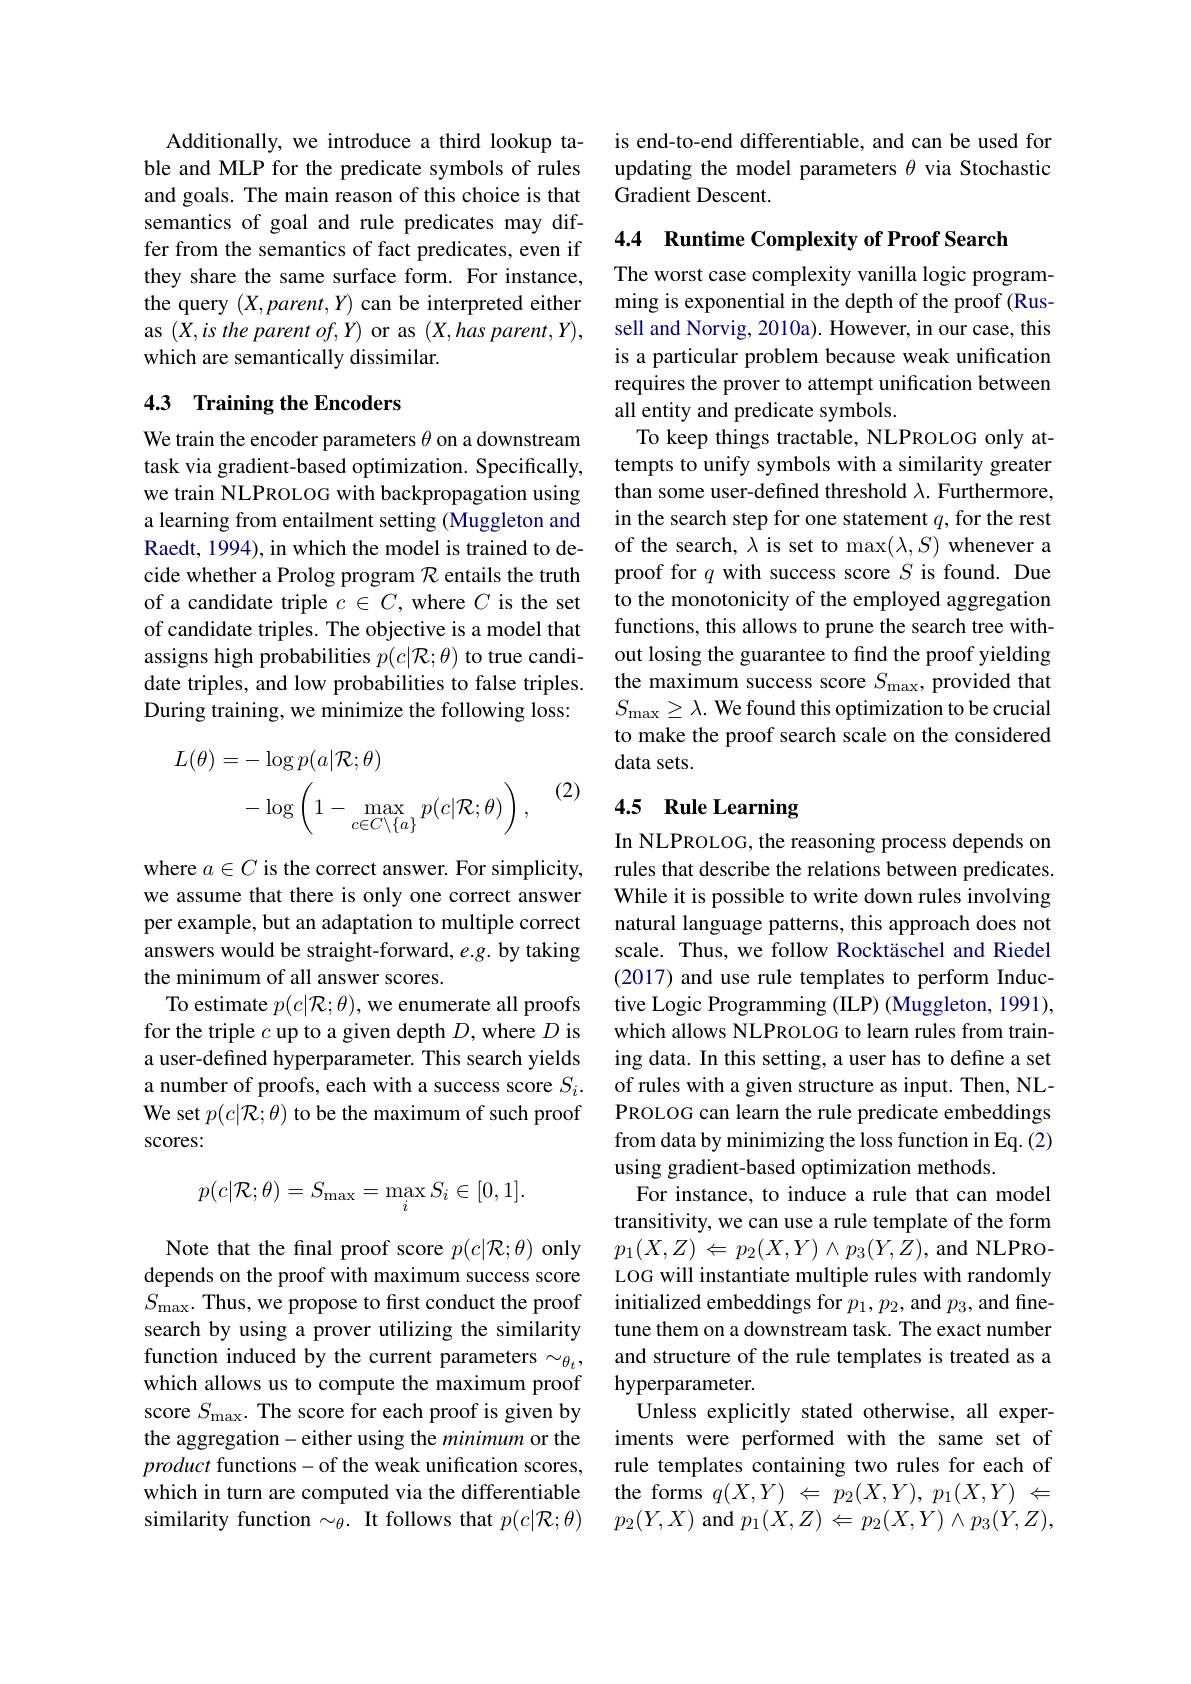
Additionally, we introduce a third lookup table and MLP for the predicate symbols of rules and goals. The main reason of this choice is that semantics of goal and rule predicates may differ from the semantics of fact predicates, even if they share the same surface form. For instance, the query $(X,parent,Y)$ can be interpreted either as $( X, is\textit{the parent of}, Y)$ or as $( X, has\textit{parent}, Y) $, which are semantically dissimilar.

## 4.3 Training the Encoders

We train the encoder parameters $\theta$ on a downstream task via gradient-based optimization. Specifically, we train NLPROLOG with backpropagation using a learning from entailment setting (Muggleton and Raedt, 1994), in which the model is trained to decide whether a Prolog program $\mathcal{R}$ entails the truth of a candidate triple $c\in C$, where $C$ is the set of candidate triples. The objective is a model that assigns high probabilities $p(c|\mathcal{R};\theta)$ to true candidate triples, and low probabilities to false triples. During training, we minimize the following loss:
$$\begin{aligned}L(\theta)&=-\log p(a|\mathcal{R};\theta)\\&-\log\left(1-\max_{c\in C\setminus\{a\}}p(c|\mathcal{R};\theta)\right),\end{aligned}$$
where $a\in C$ is the correct answer. For simplicity, we assume that there is only one correct answer per example, but an adaptation to multiple correct answers would be straight-forward, $e.g.$ by taking the minimum of all answer scores.
To estimate $p(c|\mathcal{R};\theta)$, we enumerate all proofs for the triple $c$ up to a given depth $D$, where $D$ is a user-defined hyperparameter. This search yields a number of proofs, each with a success score $S_i.$ We set $p(c|\mathcal{R};\theta)$ to be the maximum of such proof scores:
$$p(c|\mathcal{R};\theta)=S_{\mathrm{max}}=\max_{i}S_{i}\in[0,1].$$
Note that the final proof score $p(c|\mathcal{R};\theta)$ only depends on the proof with maximum success score $S_{\mathrm{max}}.$ Thus, we propose to first conduct the proof search by using a prover utilizing the similarity function induced by the current parameters $\sim_{\theta_t}$, which allows us to compute the maximum proof score $S_\mathrm{max}.$ The score for each proof is given by the aggregation- either using the minimum or the product functions-of the weak unification scores, which in turn are computed via the differentiable

is end-to-end differentiable, and can be used for updating the model parameters $\theta$ via Stochastic Gradient Descent.

4.4 Runtime Complexity of Proof Search

The worst case complexity vanilla logic programming is exponential in the depth of the proof (Russell and Norvig, 2010a). However, in our case, this is a particular problem because weak unification requires the prover to attempt unification between all entity and predicate symbols.
To keep things tractable, NLPROLOG only attempts to unify symbols with a similarity greater than some user-defined threshold $\lambda.$ Furthermore, in the search step for one statement $q$,for the rest of the search, $\lambda$ is set to $\max(\lambda,S)$ whenever a proof for $q$ with success score $S$ is found. Due to the monotonicity of the employed aggregation functions, this allows to prune the search tree without losing the guarantee to find the proof yielding the maximum success score $S_\mathrm{max}$, provided that $S_{\mathrm{max}}\geq\lambda.$ We found this optimization to be crucial to make the proof search scale on the considered data sets.

## 4.5 Rule Learning

In NLPROLOG, the reasoning process depends on rules that describe the relations between predicates. While it is possible to write down rules involving natural language patterns, this approach does not scale. Thus, we follow Rocktäschel and Riedel (2017) and use rule templates to perform Inductive Logic Programming (ILP) (Muggleton, 1991), which allows NLPROLOG to learn rules from training data. In this setting, a user has to define a set of rules with a given structure as input. Then, NLPROLOG can learn the rule predicate embeddings from data by minimizing the loss function in Eq. (2) using gradient-based optimization methods.
For instance, to induce a rule that can model transitivity, we can use a rule template of the form $p_{1}(X,Z)\Leftarrow p_{2}(X,Y)\wedge p_{3}(Y,Z)$,and NLPROLOG will instantiate multiple rules with randomly initialized embeddings for $p_1,p_2$, and $p_3$, and finetune them on a downstream task. The exact number and structure of the rule templates is treated as a hyperparameter.
Unless explicitly stated otherwise, all experiments were performed with the same set of rule templates containing two rules for each of the forms $q( X, Y)$ $\Leftarrow$ $p_{2}( X, Y) $, $p_{1}( X, Y)$ $\Leftarrow$
similarity function $\sim_\theta.$ It follows that $p( c| \mathcal{R} ; \theta )$ $p_2( Y, X)$ and $p_1(X,Z)\Leftarrow p_2(X,Y)\wedge p_3(Y,Z)$,